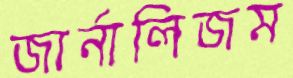
জার্নালিজম